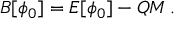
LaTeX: { \cal B } [ \phi _ { 0 } ] = { \cal E } [ \phi _ { 0 } ] - Q M \, .